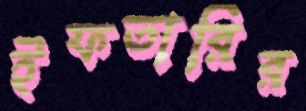
ইফতারির